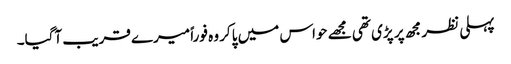
پہلی نظر مجھ پر پڑی تھی مجھے حواس میں پاکر وہ فوراً میرے قریب آگیا۔